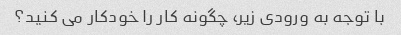
با توجه به ورودی زیر، چگونه کار را خودکار می کنید؟